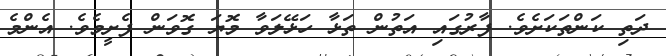
ދަތި ކަންތަކަށެވެ. ފާރުގައި އަތުން ތަޅާ ހަޅޭލަވާ މޮޔަ ގޮވަން ފެށީމެވެ. އެންމެ